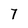
Character: 7